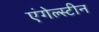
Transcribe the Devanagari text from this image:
एंगेल्स्टीन